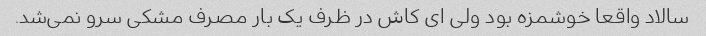
سالاد واقعا خوشمزه بود ولی ای کاش در ظرف یک بار مصرف مشکی سرو نمی‌شد.